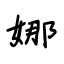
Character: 娜